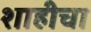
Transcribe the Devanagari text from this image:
शाहीचा